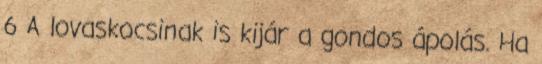
6 A lovaskocsinak is kijár a gondos ápolás. Ha